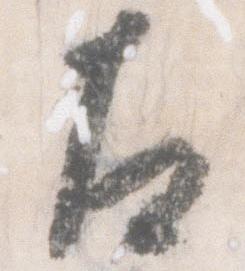
左